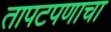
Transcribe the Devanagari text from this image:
तापटपणाचा